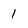
Character: 1